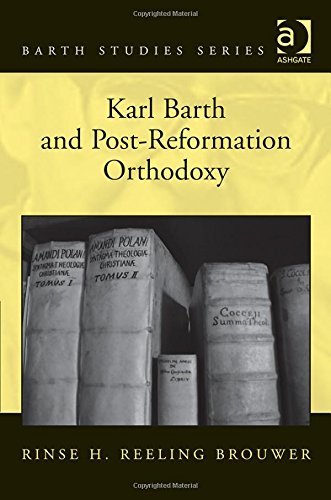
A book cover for Karl Barth and Post-Reformation Orthodoxy (Barth Studies); Rinse H. Reeling Brouwer; Christian Books & Bibles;